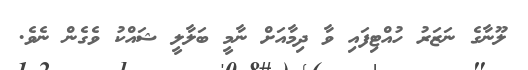
ލޫނާގެ ނަޒަރު ހުއްޓިފައި ވާ ދިމާއަށް ނާމީ ބަލާލީ ޝައްކު ވެގެން ނެވެ.